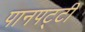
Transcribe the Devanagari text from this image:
पानपट्टी